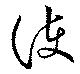
護